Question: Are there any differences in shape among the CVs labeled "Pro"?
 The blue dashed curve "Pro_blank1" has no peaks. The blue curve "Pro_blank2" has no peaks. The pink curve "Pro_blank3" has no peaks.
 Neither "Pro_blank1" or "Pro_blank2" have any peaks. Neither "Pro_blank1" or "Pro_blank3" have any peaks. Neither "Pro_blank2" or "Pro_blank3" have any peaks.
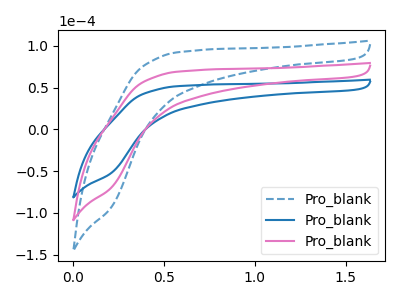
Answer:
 <answer>All the CV's of "Pro" have similar shape.</answer>
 <eval>follow_rule</eval>